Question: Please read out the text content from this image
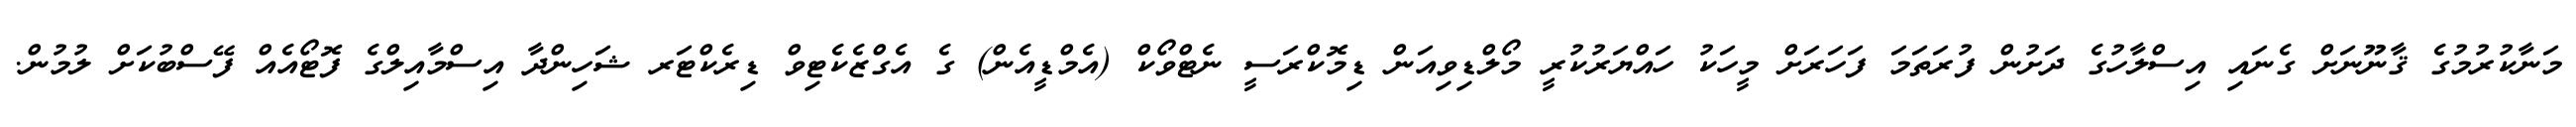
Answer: މަނާކުރުމުގެ ޤާނޫނަށް ގެނައި އިސްލާހުގެ ދަށުން ފުރަތަމަ ފަހަރަށް މީހަކު ހައްޔަރުކުރީ މޯލްޑިވިއަން ޑިމޮކްރަސީ ނެޓްވޯކް (އެމްޑީއެން) ގެ އެގްޒެކެޓިވް ޑިރެކްޓަރ ޝަހިންދާ އިސްމާއިލްގެ ފޮޓޯއެއް ފޭސްބުކަށް ލުމުން.